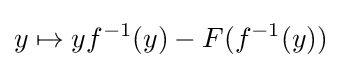
y\mapsto yf^{-1}(y)-F(f^{-1}(y))